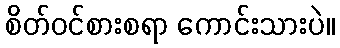
စိတ်ဝင်စားစရာ ကောင်းသားပဲ။